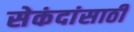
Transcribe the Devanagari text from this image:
सेकंदांसाठी